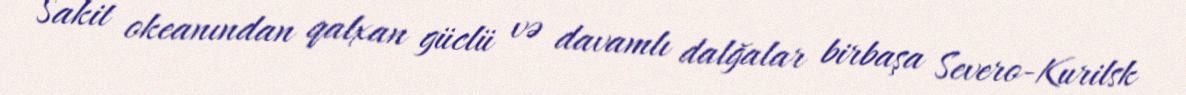
Sakit okeanından qalxan güclü və davamlı dalğalar birbaşa Severo-Kurilsk